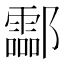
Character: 酃